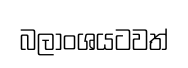
බලාංශයටවත්